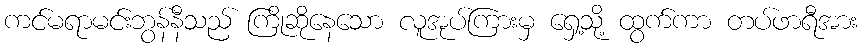
ကင်မရာမင်းဘွန်နီသည် ကြိုဆိုနေသော လူအုပ်ကြားမှ ရှေ့သို့ ထွက်ကာ တပ်ဖာရီအား